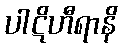
ပါဋိဟီရာနိ